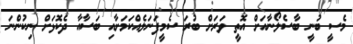
މެސީ ބުނީ ބާސެލޯނާއަށް އޮތީ ވަރަށް ބުރަ ސެމީފަނަލެއްކަމަށާއި ބަސާއާ ދެކޮޅަށް ނިކުންނަ